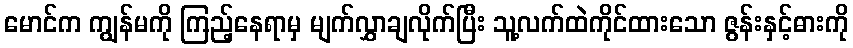
မောင်က ကျွန်မကို ကြည့်နေရာမှ မျက်လွှာချလိုက်ပြီး သူ့လက်ထဲကိုင်ထားသော ဇွန်းနှင့်ဓားကို